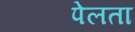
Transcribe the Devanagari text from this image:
पेलता